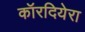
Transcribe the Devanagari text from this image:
कॉरदियेरा